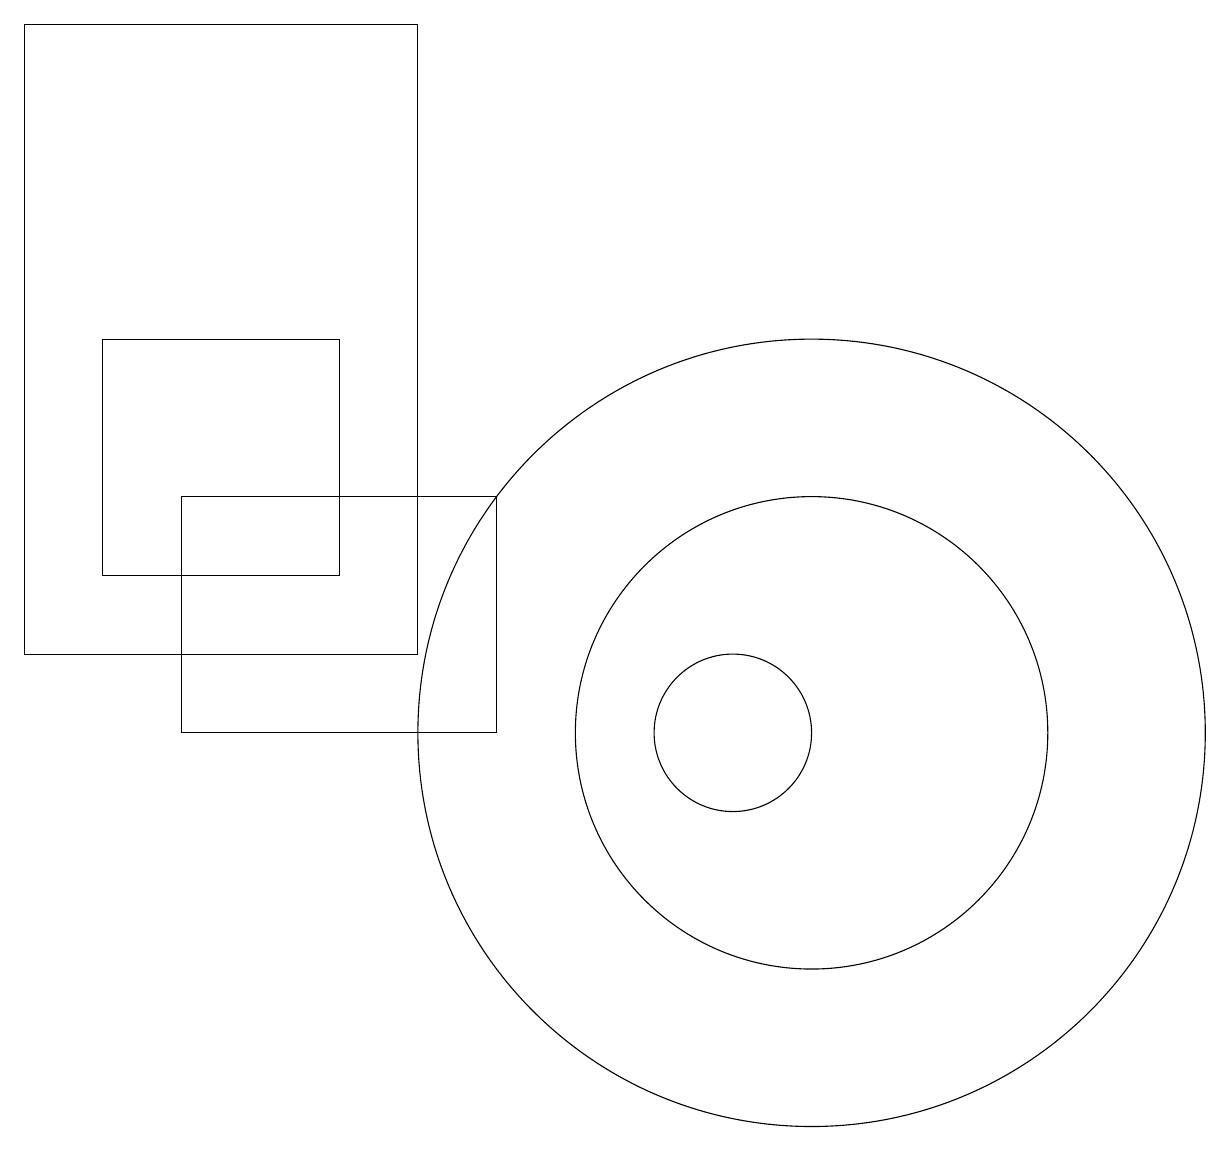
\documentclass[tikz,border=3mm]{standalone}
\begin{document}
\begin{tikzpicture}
\draw (10,10) circle (1);
\draw (2,12) rectangle (5,15);
\draw (7,13) rectangle (3,10);
\draw (11,10) circle (5);
\draw (11,10) circle (3);
\draw (6,11) rectangle (1,19);
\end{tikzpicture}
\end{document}